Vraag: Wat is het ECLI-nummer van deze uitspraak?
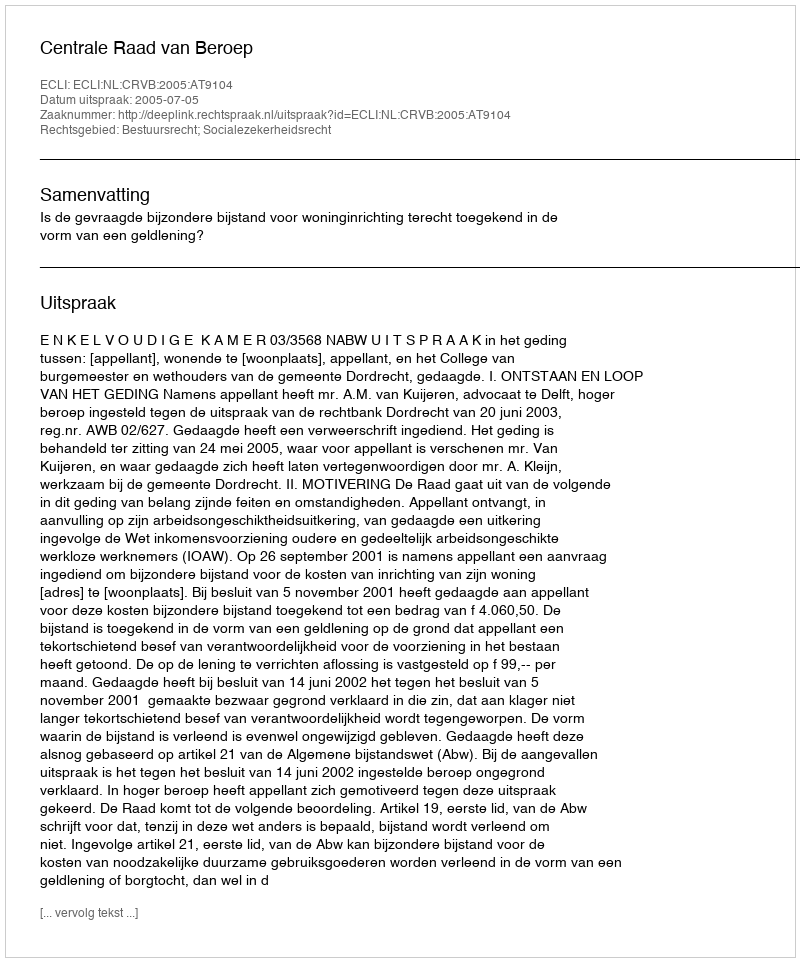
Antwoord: ECLI:NL:CRVB:2005:AT9104